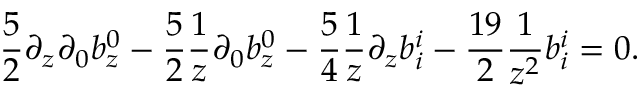
{ \frac { 5 } { 2 } } \partial _ { z } \partial _ { 0 } b _ { z } ^ { 0 } - { \frac { 5 } { 2 } } { \frac { 1 } { z } } \partial _ { 0 } b _ { z } ^ { 0 } - { \frac { 5 } { 4 } } { \frac { 1 } { z } } \partial _ { z } b _ { i } ^ { i } - { \frac { 1 9 } { 2 } } { \frac { 1 } { z ^ { 2 } } } b _ { i } ^ { i } = 0 .